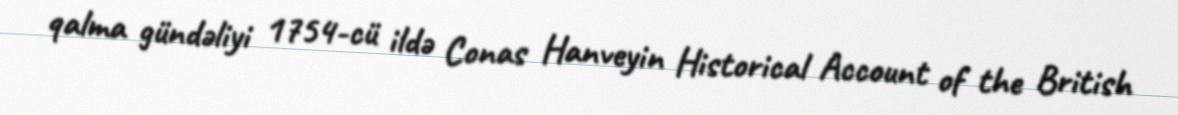
qalma gündəliyi 1754-cü ildə Conas Hanveyin Historical Account of the British